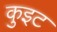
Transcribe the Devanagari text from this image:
कुइट